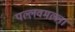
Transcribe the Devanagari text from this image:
पल्लवमल्ला